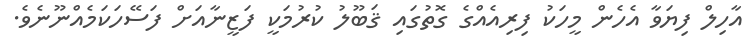
އާހިލް ފިޔަވާ އެހެން މީހަކު ފިރިއެއްގެ ގޮތުގައި ޤަބޫލު ކުރުމަކީ ފަޒީނާއަށް ފަސޭހަކަމެއްނޫނެވެ.